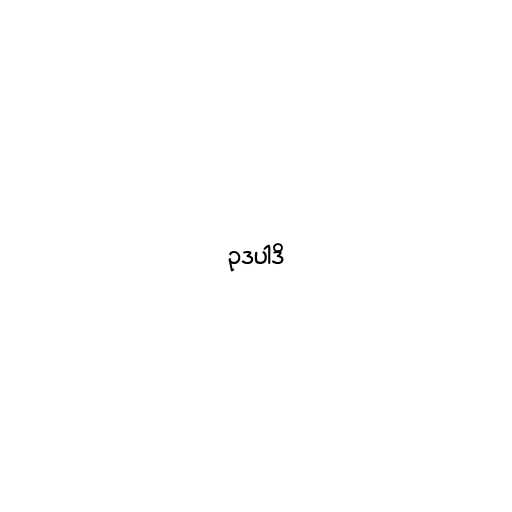
ဥဒပါဒိ